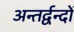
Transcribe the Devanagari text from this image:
अन्तर्द्वन्दों